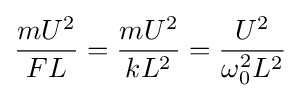
{\dfrac {mU^{2}}{FL}}={\dfrac {mU^{2}}{kL^{2}}}={\dfrac {U^{2}}{\omega _{0}^{2}L^{2}}}